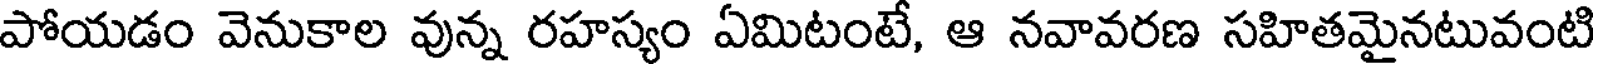
పోయడం వెనుకాల వున్న రహస్యం ఏమిటంటే, ఆ నవావరణ సహితమైనటువంటి